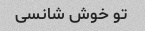
تو خوش شانسی